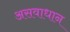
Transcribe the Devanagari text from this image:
असवाधान